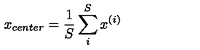
x _ { c e n t e r } = \frac 1 S \sum _ { i } ^ { S } x ^ { ( i ) }